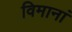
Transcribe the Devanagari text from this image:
विमानां